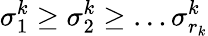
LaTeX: \sigma_{1}^{k}\ge\sigma_{2}^{k}\ge\dots\sigma_{r_{k}}^{k}